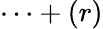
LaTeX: \cdots+(r)